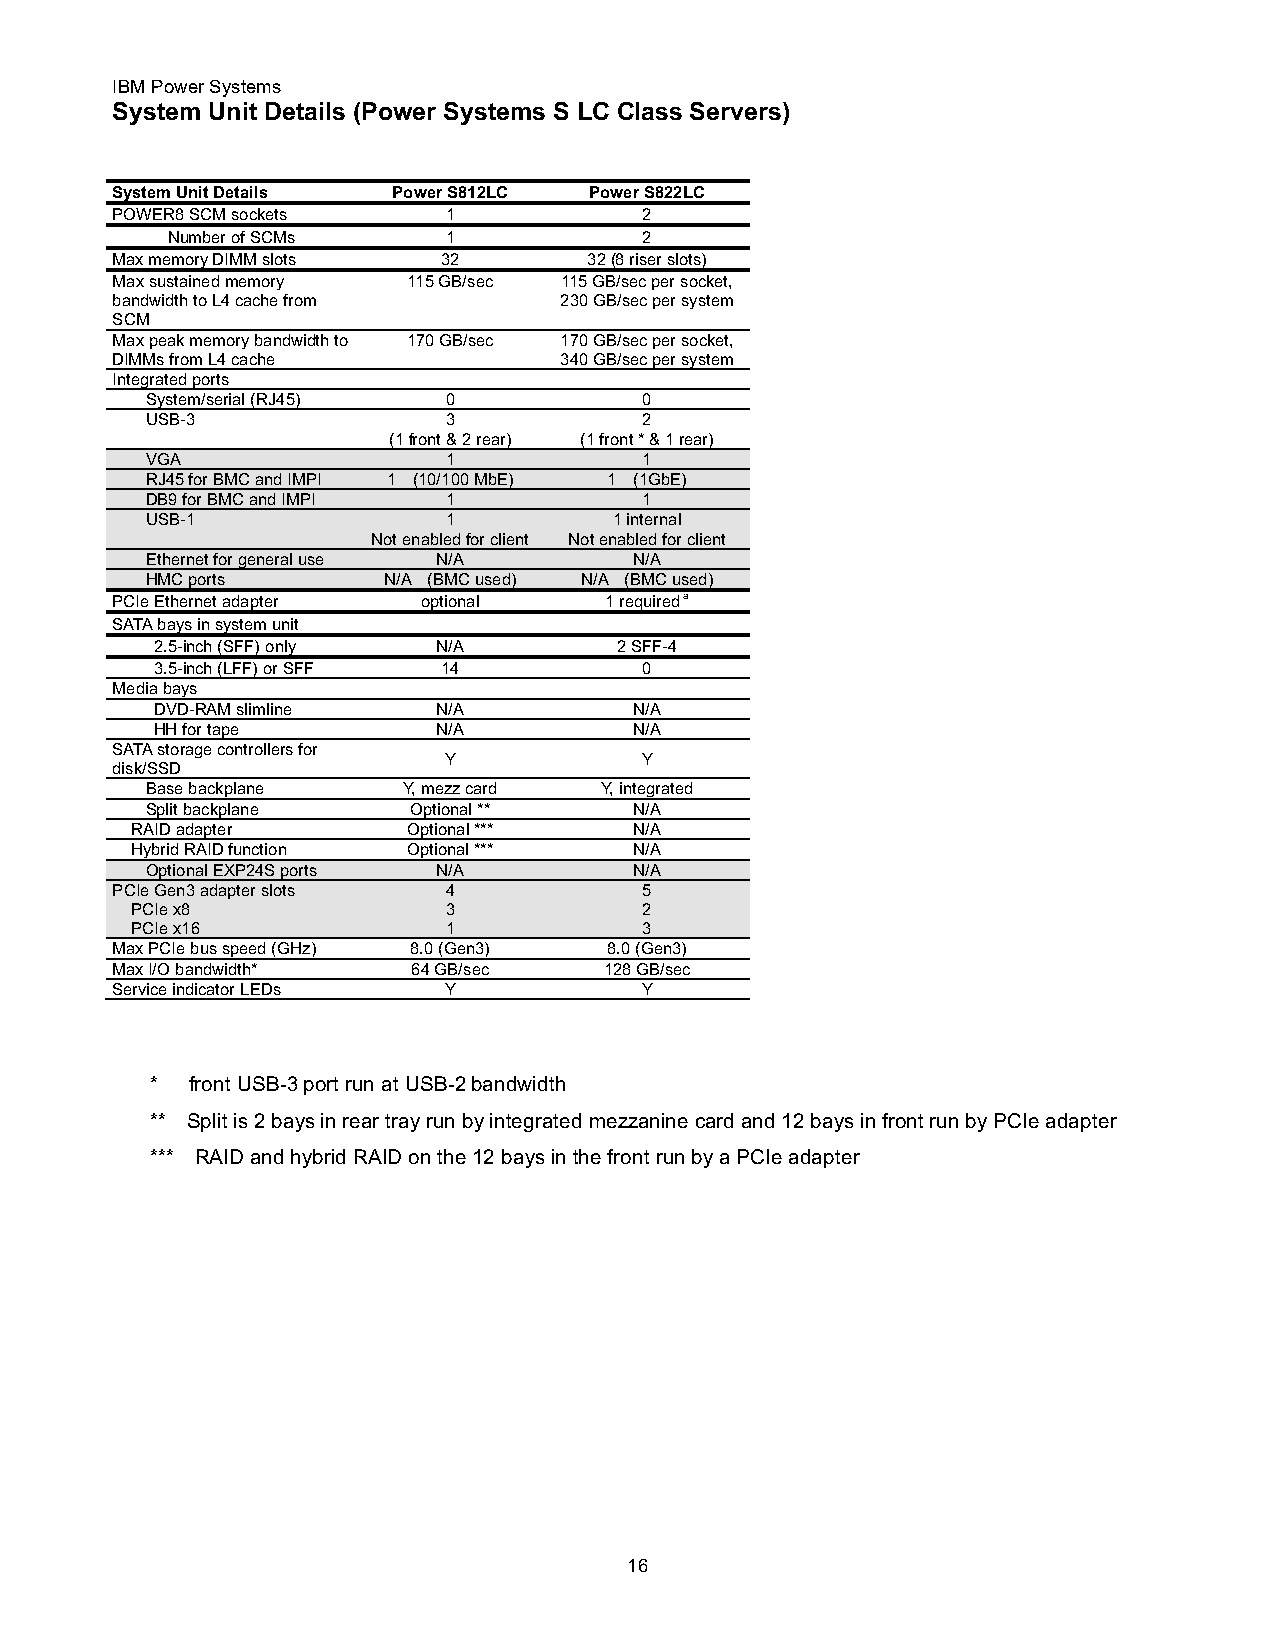
IBM Power Systems
 System Unit Details (Power Systems S LC Class Servers)
 System Unit Details Power S812LC Power S822LC
 POWER8 SCM sockets     1            2
 Number of SCMs     1            2
 Max memory DIMM slots 32        32 (8 riser slots)
 Max sustained memory 115 GB/sec 115 GB/sec per socket,
 bandwidth to L4 cache from    230 GB/sec per system
 SCM
 Max peak memory bandwidth to 170 GB/sec 170 GB/sec per socket,
 DIMMs from L4 cache           340 GB/sec per system
 Integrated ports
 System/serial (RJ45) 0           0
 USB-3               3            2
 (1 front & 2 rear) (1 front * & 1 rear)
 VGA                 1            1
 RJ45 for BMC and IMPI 1 (10/100 MbE) 1 (1GbE)
 DB9 for BMC and IMPI 1           1
 USB-1               1          1 internal
 Not enabled for client Not enabled for client
 Ethernet for general use N/A    N/A
 HMC ports      N/A (BMC used) N/A (BMC used)
 PCIe Ethernet adapter optional   1 required a
 SATA bays in system unit
 2.5-inch (SFF) only N/A        2 SFF-4
 3.5-inch (LFF) or SFF 14         0
 Media bays
 DVD-RAM slimline   N/A          N/A
 HH for tape        N/A          N/A
 SATA storage controllers for
 Y            Y
 disk/SSD
 Base backplane   Y, mezz card Y, integrated
 Split backplane  Optional **    N/A
 RAID adapter      Optional ***   N/A
 Hybrid RAID function Optional *** N/A
 Optional EXP24S ports N/A       N/A
 PCIe Gen3 adapter slots 4           5
 PCIe x8              3            2
 PCIe x16             1            3
 Max PCIe bus speed (GHz) 8.0 (Gen3) 8.0 (Gen3)
 Max I/O bandwidth*  64 GB/sec    128 GB/sec
 Service indicator LEDs Y           Y
 *  front USB-3 port run at USB-2 bandwidth
 ** Split is 2 bays in rear tray run by integrated mezzanine card and 12 bays in front run by PCIe adapter
 *** RAID and hybrid RAID on the 12 bays in the front run by a PCIe adapter
 16